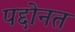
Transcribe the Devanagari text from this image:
पद्दोनत